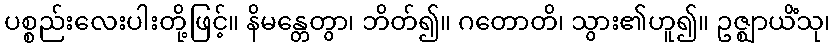
ပစ္စည်းလေးပါးတို့ဖြင့်။ နိမန္တေတွာ၊ ဘိတ်၍။ ဂတောတိ၊ သွား၏ဟူ၍။ ဥဇ္ဈာယိံသု၊